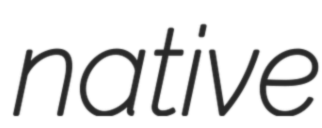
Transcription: native